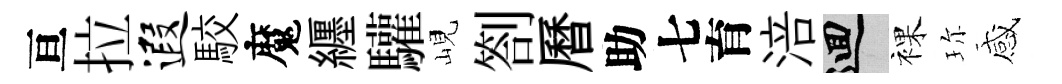
亘拉遐駮魔纒驩峴劄曆助七育涪回裸珎感